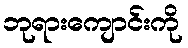
ဘုရားကျောင်းကို